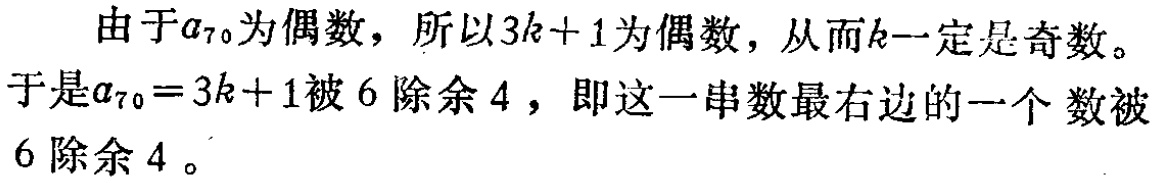
由于\(a_{70}\)为偶数，所以\(3k + 1\)为偶数，从而\(k\)一定是奇数。
于是\(a_{70}=3k + 1\)被\(6\)除余\(4\)，即这一串数最右边的一个数被\(6\)除余\(4\)。